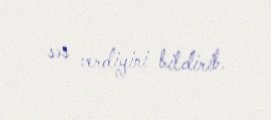
səs verdiyini bildirib.